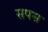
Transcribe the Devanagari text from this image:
सपस